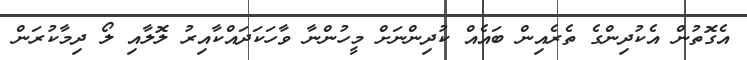
އެގޮތުން އެކުދިންގެ ތެރެއިން ބައެއް ކުދިންނަށް މީހުންނާ ވާހަކަދައްކާއިރު ލޮލާއި ލޯ ދިމާކުރަން